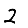
Digit: 2